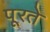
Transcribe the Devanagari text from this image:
पूरते